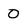
Character: 0